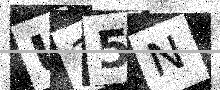
Text: U15N